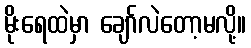
မိုးရေထဲမှာ ချော်လဲတော့မလို့။